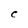
Character: C